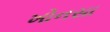
ખોનસા